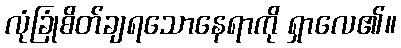
လုံခြုံစိတ်ချရသောနေရာကို ရှာလေ၏။